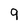
Character: 9